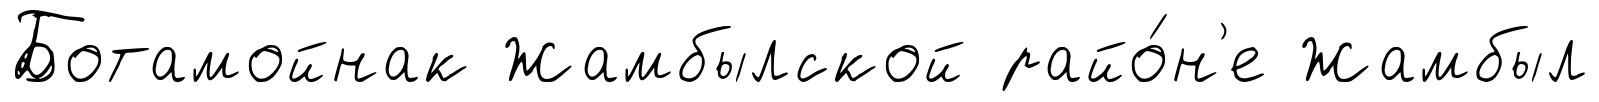
Ботамойнак Жамбылской райо́н'е Жамбыл